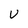
Character: U